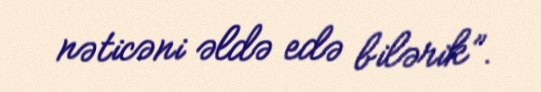
nəticəni əldə edə bilərik”.